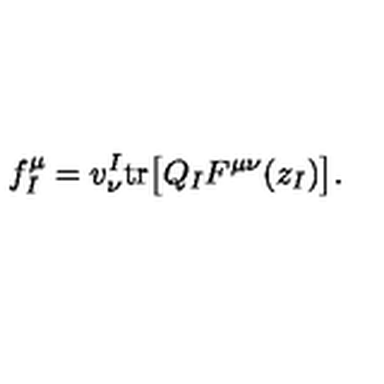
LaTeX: f _ { I } ^ { \mu } = v _ { \nu } ^ { I } \mathrm { t r } \bigl [ Q _ { I } F ^ { \mu \nu } ( z _ { I } ) \bigr ] .